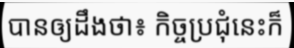
បានឲ្យដឹងថា៖ កិច្ចប្រជុំនេះក៏